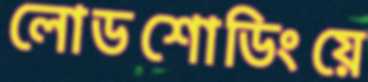
লোডশোডিংয়ে